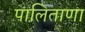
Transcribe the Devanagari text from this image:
पालिताणा